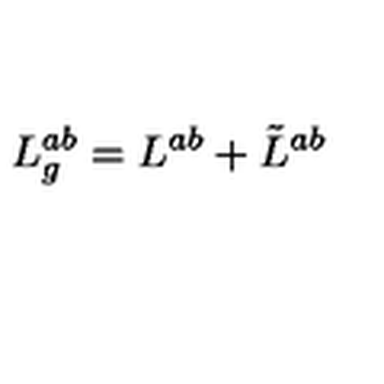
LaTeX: L _ { g } ^ { a b } = L ^ { a b } + \tilde { L } ^ { a b }